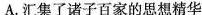
A.汇集了诸子百家的思想精华